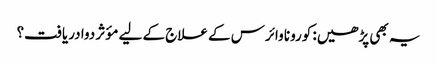
یہ بھی پڑھیں: کورونا وائرس کے علاج کے لیے مؤثر دوا دریافت؟